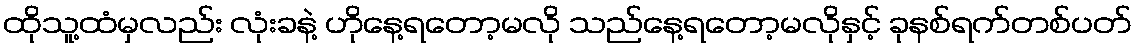
ထိုသူ့ထံမှလည်း လုံးခနဲ့ ဟိုနေ့ရတော့မလို သည်နေ့ရတော့မလိုနှင့် ခုနစ်ရက်တစ်ပတ်